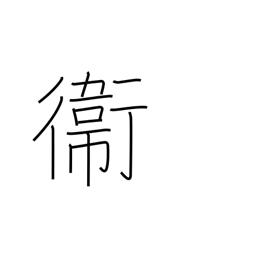
Meaning: defense